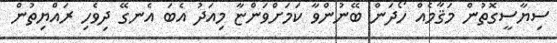
ސިޔާސީގޮތުން މަޤާމެއް ހޯދަން ބޭނުންވާ ކަމަށްވަންޏާ މިއަދު އެބަ އެނގޭ ދިވެހި ރައްޔިތުން